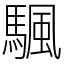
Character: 颿